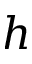
h